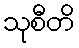
သုစီတိ